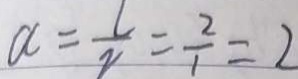
a = \frac { L } { I } = \frac { 2 } { 1 } = 2